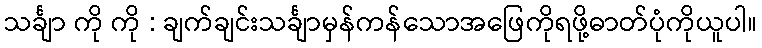
သင်္ချာ ကို ကို : ချက်ချင်းသင်္ချာမှန်ကန်သောအဖြေကိုရဖို့ဓာတ်ပုံကိုယူပါ။